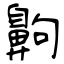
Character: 齁